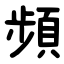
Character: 頻